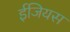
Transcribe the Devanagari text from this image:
ईजियस